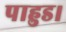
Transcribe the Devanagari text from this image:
पाहुड।